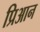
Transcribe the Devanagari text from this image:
प्रिआन